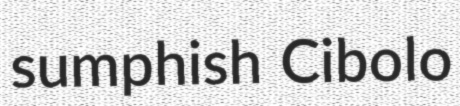
sumphish Cibolo